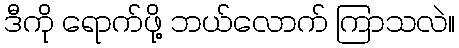
ဒီကို ရောက်ဖို့ ဘယ်လောက် ကြာသလဲ။